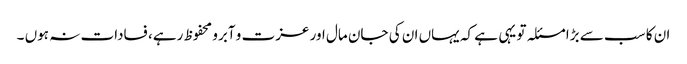
ان کا سب سے بڑا مسئلہ تو یہی ہے کہ یہاں ان کی جان مال اور عزت و آبرو محفوظ رہے، فسادات نہ ہوں ۔